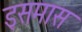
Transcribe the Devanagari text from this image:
इसमास